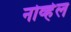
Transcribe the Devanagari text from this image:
नोव्हेल